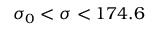
\sigma _ { 0 } < \sigma < 1 7 4 . 6